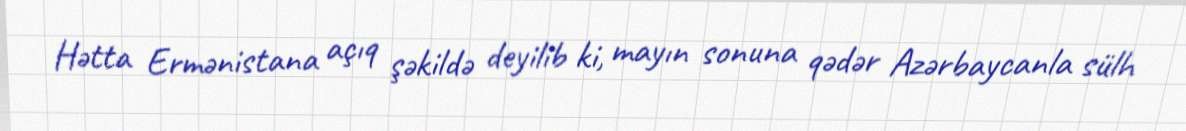
Hətta Ermənistana açıq şəkildə deyilib ki, mayın sonuna qədər Azərbaycanla sülh